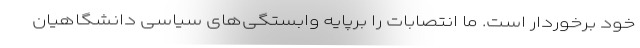
خود برخوردار است. ما انتصابات را برپایه وابستگی‌های سیاسی دانشگاهیان